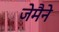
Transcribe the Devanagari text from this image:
जेमैने